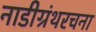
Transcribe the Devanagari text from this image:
नाडीग्रंथरचना